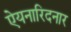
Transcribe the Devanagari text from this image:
ऐयनारिदनार